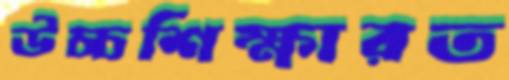
উচ্চশিক্ষারত